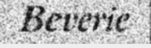
Beverie